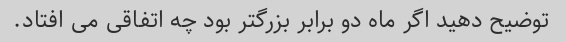
توضیح دهید اگر ماه دو برابر بزرگتر بود چه اتفاقی می افتاد.